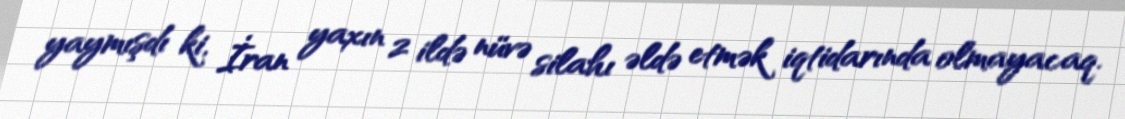
yaymışdı ki, İran yaxın 2 ildə nüvə silahı əldə etmək iqtidarında olmayacaq.